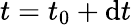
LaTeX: t=t_{0}+\mathrm{d}t